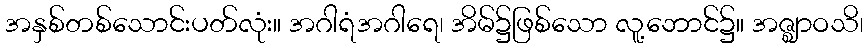
အနှစ်တစ်သောင်းပတ်လုံး။ အဂါရံအဂါရေ၊ အိမ်၌ဖြစ်သော လူ့ဘောင်၌။ အဇ္ဈာဝသိ၊